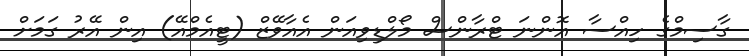
ގާސިމްގެ ހިއްސާ އޮންނަ ޓްރާންސް މޯލްޑިވިއަން އެއާވޭޒް (ޓީއެމްއޭ) އިން އޭރު ގަމަށް